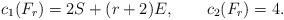
LaTeX: \begin{align*}c_1(F_r)=2S + (r+2) E, \qquad c_2(F_r)=4.\end{align*}